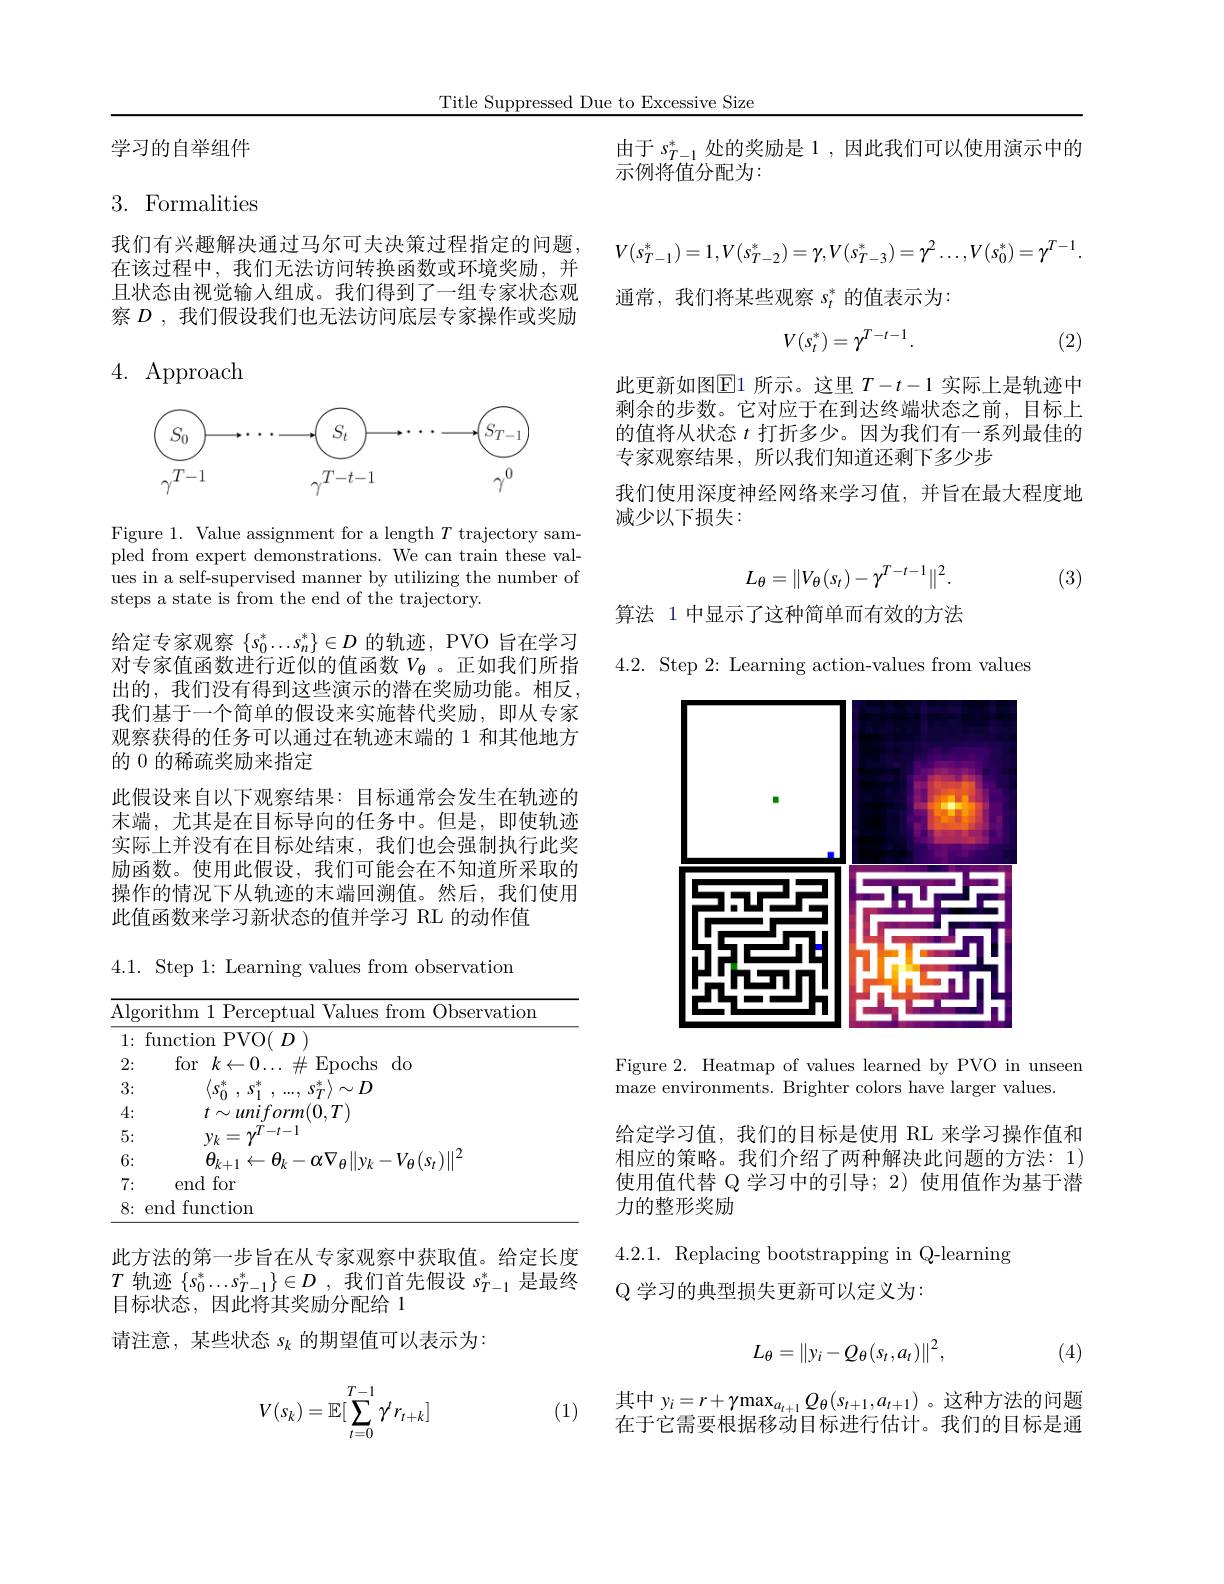
Title Suppressed Due to Excessive Size

由于$s_{T-1}^*$处的奖励是 1 ,因此我们可以使用演示中的
示例将值分配为：

学习的自举组件

# 3. Formalities

我们有兴趣解决通过马尔可夫决策过程指定的问题在该过程中，我们无法访问转换函数或环境奖励，并且状态由视觉输入组成。我们得到了一组专家状态观察$D$ , 我 们 假 设 我 们 也 无 法 访 问 底 层 专 家 操 作 或 奖 励

## 4. Approach

<FigureHere>

Figure 1. Value assignment for a length $T$ trajectory sampled from expert demonstrations. We can train these values in a self-supervised manner by utilizing the number of steps a state is from the end of the trajectory.

给定专家观察$\{s_0^*\ldots s_n^*\}\in D$的轨迹，PVO 旨在学习对专家值函数进行近似的值函数$V_\mathrm{\theta}$ 。正如我们所指出的，我们没有得到这些演示的潜在奖励功能。相反我们基于一个简单的假设来实施替代奖励，即从专家观察获得的任务可以通过在轨迹末端的 1 和其他地方的 0 的稀疏奖励来指定
此假设来自以下观察结果：目标通常会发生在轨迹的末端，尤其是在目标导向的任务中。但是，即使轨迹实际上并没有在目标处结束，我们也会强制执行此奖励函数。使用此假设，我们可能会在不知道所采取的操作的情况下从轨迹的末端回溯值。然后，我们使用此值函数来学习新状态的值并学习 RL 的动作值

4.1. Step 1: Learning values from observation

此方法的第一步旨在从专家观察中获取值。给定长度$T$轨迹$\{s_0^*\ldots s_{T-1}^*\}\in D$,我们首先假设$s_T-1^*$是最终目标状态，因此将其奖励分配给 1
请注意，某些状态$s_k$的期望值可以表示为：

(1)
$$V(s_k)=\mathbb{E}[\sum_{t=0}^{T-1}\gamma^tr_{t+k}]$$
$$V(s_{T-1}^*)=1,V(s_{T-2}^*)=\gamma,V(s_{T-3}^*)=\gamma^2\ldots,V(s_0^*)=\gamma^{T-1}.$$
通常，我们将某些观察$s_t^*$的值表示为：
$$V(s_t^*)=\gamma^{T-t-1}.$$
(2)

此更新如图$\mathbb{E}$1 所示。这里 $T-t-1$ 实际上是轨迹中剩余的步数。它对应于在到达终端状态之前，目标上的值将从状态$t$打折多少。因为我们有一系列最佳的专家观察结果，所以我们知道还剩下多少步
我们使用深度神经网络来学习值，并旨在最大程度地
减少以下损失：
$$L_\theta=\|V_\theta(s_t)-\gamma^{T-t-1}\|^2.$$
(3)

算法 1 中显示了这种简单而有效的方法

4.2. Step 2: Learning action-values from values

<FigureHere>

Figure 2. Heatmap of values learned by PVO in unseem
maze environments. Brighter colors have larger values.

给定学习值，我们的目标是使用 RL 来学习操作值和相应的策略。我们介绍了两种解决此问题的方法：1, 使用值代替 Q 学习中的引导；2) 使用值作为基于潜力的整形奖励

4.2.1. Replacing bootstrapping in Q-learning
$\mathbb{Q}$学习的典型损失更新可以定义为：
$$L_\theta=\|y_i-Q_\theta(s_t,a_t)\|^2,$$
(4)

其中$y_i=r+\gamma\max_{a_{t+1}}Q_\theta(s_{t+1},a_{t+1})$ 。这种方法的问题在于它需要根据移动目标进行估计。我们的目标是通